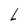
Character: L